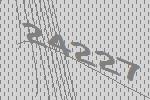
24227